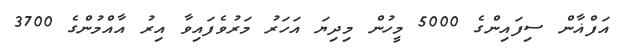
އަފްޣާން ސިފައިންގެ 5000 މީހުން މިދިޔަ އަހަރު މަރުވެފައިވާ އިރު އާއްމުންގެ 3700